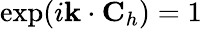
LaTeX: \exp(i{\mathbf k}\cdot{\mathbf C}_{h})=1